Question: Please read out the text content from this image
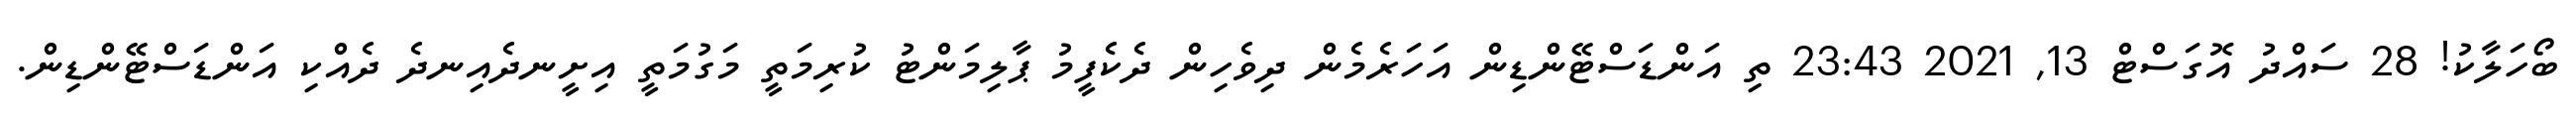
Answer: ބޯހަލާކު! 28 ސައްދު އޮގަސްޓް 13, 2021 23:43 ތި އަންޑަސްޓޭންޑިން އަހަރެމެން ދިވެހިން ދެކެފީމު ޕާލިމަންޓު ކުރިމަތީ މަގުމަތީ އިށީނދެއިނދެ ދެއްކި އަންޑަސްޓޭންޑިން.